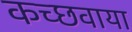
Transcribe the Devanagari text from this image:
कच्छवाया